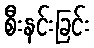
စီးနင်းခြင်း